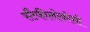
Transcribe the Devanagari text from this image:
स्टैफीलोकोसी